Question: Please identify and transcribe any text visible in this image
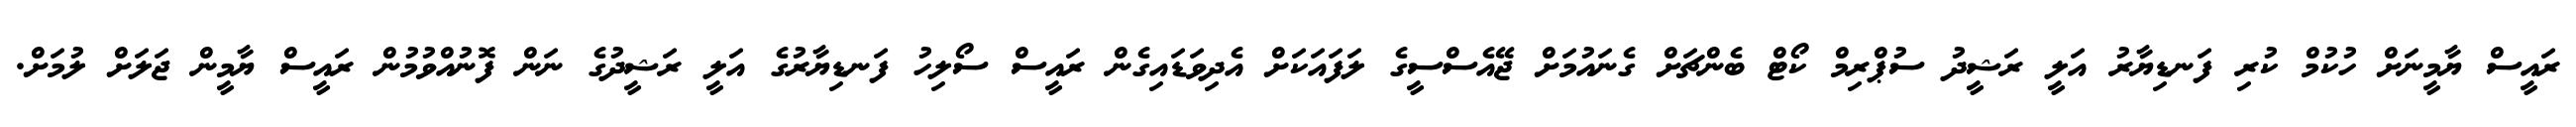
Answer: ރައީސް ޔާމީނަށް ހުކުމް ކުރި ފަނޑިޔާރު އަލީ ރަޝީދު ސުޕްރިމް ކޯޓް ބެންޗަށް ގެނައުމަށް ޖޭއެސްސީގެ ލަފައަކަށް އެދިވަޑައިގެން ރައީސް ސޯލިހު ފަނޑިޔާރުގެ އަލީ ރަޝީދުގެ ނަން ފޮނުއްވުމުން ރައީސް ޔާމީން ޖަލަށް ލުމަށް.